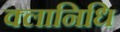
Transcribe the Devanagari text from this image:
क्लानिधि